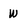
Character: W